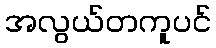
အလွယ်တကူပင်